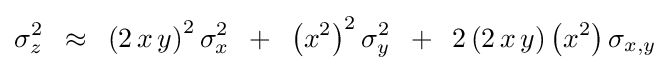
\sigma _{z}^{2}\,\,\,\approx \,\,\,\left({2\,x\,y}\right)^{2}\sigma _{x}^{2}\,\,\,+\,\,\,\left({x^{2}}\right)^{2}\sigma _{y}^{2}\,\,\,+\,\,\,2\left({2\,x\,y}\right)\left({x^{2}}\right)\sigma _{x,y}